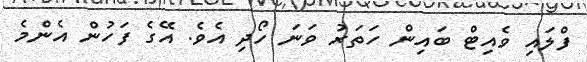
ފްލައި ވެއިޓް ބައިން ހަތަރު ވަނަ ހޯދި އެވެ. އޭގެ ފަހުން އެންމެ